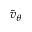
\bar { v } _ { \theta }